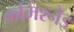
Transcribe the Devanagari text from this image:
कमिश्नैइ